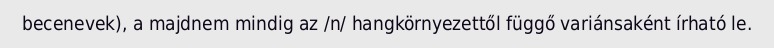
becenevek), a majdnem mindig az /n/ hangkörnyezettől függő variánsaként írható le.